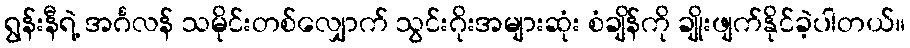
ရွန်းနီရဲ့ အင်္ဂလန် သမိုင်းတစ်လျှောက် သွင်းဂိုးအများဆုံး စံချိန်ကို ချိုးဖျက်နိုင်ခဲ့ပါတယ်။